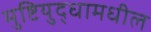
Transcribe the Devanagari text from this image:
मुष्टियुद्धामधील